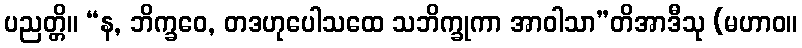
ပညတ္တိ။ “န, ဘိက္ခဝေ, တဒဟုပေါသထေ သဘိက္ခုကာ အာဝါသာ”တိအာဒီသု (မဟာဝ။